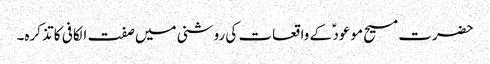
حضرت مسیح موعود ؑ کے واقعات کی روشنی میں صفت الکافی کا تذکرہ۔